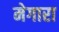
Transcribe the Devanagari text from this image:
मेगारा